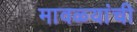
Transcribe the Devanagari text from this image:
मावळ्यांची